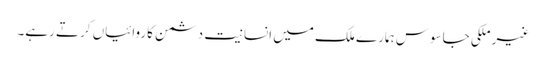
غیر ملکی جاسوس ہمارے ملک میں انسانیت دشمن کاروائیاں کرتے رہے۔